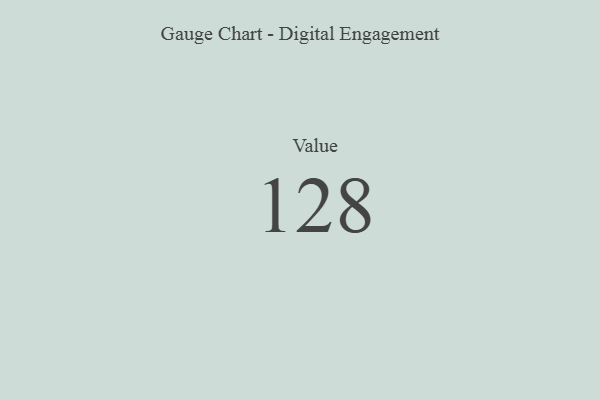
{"axis": {"x": "Metric", "y": "Value"}, "legend": [""], "data": [{"x": "Value", "y": 128, "type": ""}]}